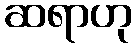
ဆရာဟု